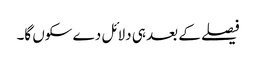
فیصلے کے بعد ہی دلائل دے سکوں گا۔